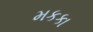
મકકા